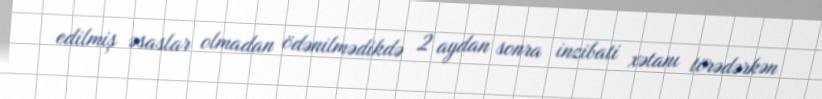
edilmiş əsaslar olmadan ödənilmədikdə 2 aydan sonra inzibati xətanı törədərkən